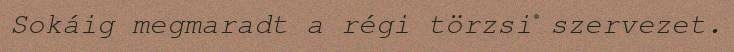
Sokáig megmaradt a régi törzsi szervezet.